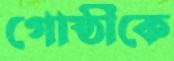
গোষ্ঠীকে